Civil Veterinary Department. Central Provinces & Berar 1932-41 - 1932-1941
Year: 1932
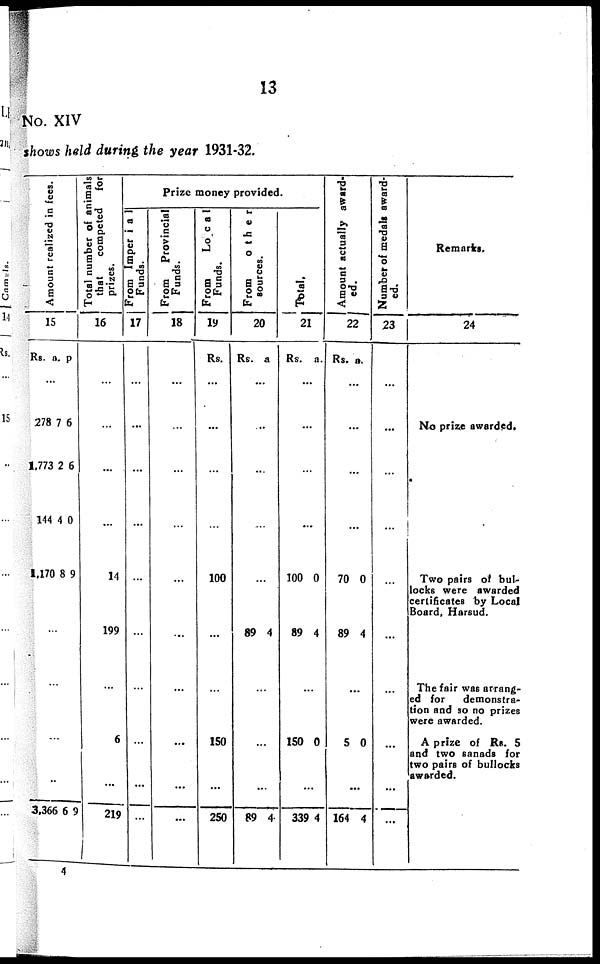
13
No. XIV
shows held during the year 1931-32.
Amo u n t r eal i zed in fees.
15
Rs.
a. p
...
278
1,773
144
1,170
7
2
4
8
6
6
0
9
...
...
...
..
3,366 6 9
Total number of animals
that
competed
for
prizes.
16
...
...
...
...
14
199
...
6
...
219
Prize money provided.
From Imperial
Funds.
17
...
...
...
...
...
...
...
...
...
...
From Provincial
Funds.
18
...
...
...
...
...
...
...
...
...
...
From
Local
Funds.
19
Rs.
...
...
...
...
100
...
...
150
...
250
From other
sources.
20
Rs. a
...
...
...
...
...
89 4
...
...
89 4
Total.
21
Rs. a.
...
...
...
...
100
89
0
4
...
150 0
...
339 4
Amo u n t actually award¬
ed.
22
Rs. a.
...
...
...
...
70
89
0
4
...
5 0
...
164 4
Number of medals award-
ed.
23
...
...
...
...
...
...
...
...
...
...
Remarks.
24
No prize awarded.
Two pairs of bul-
locks were awarded
certificates by Local
Board, Harsud.
The fair was arrang-
ed for
demonstra-
tion and so no prizes
were awarded.
A prize of Rs. 5
and two sanads for
two pairs of bullocks
awarded.
4